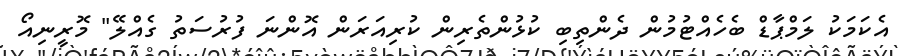
އެކަމަކު ލަމްޕާޑް ބެހެއްޓުމުން ދެންތިބި ކުޅުންތެރިން ކުރިއަރަން އޮންނަ ފުރުސަތު ގެއްލޭ" މޮރީނިއޯ